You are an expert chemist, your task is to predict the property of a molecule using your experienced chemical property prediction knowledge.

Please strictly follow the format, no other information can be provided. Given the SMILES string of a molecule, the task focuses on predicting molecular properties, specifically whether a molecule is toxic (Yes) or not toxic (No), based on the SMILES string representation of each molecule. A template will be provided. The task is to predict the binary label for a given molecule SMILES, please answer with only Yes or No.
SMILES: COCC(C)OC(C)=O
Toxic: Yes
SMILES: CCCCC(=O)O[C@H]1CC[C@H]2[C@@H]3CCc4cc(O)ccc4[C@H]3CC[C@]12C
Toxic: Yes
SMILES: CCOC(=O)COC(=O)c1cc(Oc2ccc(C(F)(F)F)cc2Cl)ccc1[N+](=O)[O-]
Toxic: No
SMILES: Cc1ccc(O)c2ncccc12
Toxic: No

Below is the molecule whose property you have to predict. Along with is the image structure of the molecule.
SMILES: O=c1[nH]c(=O)n([C@H]2C[C@H](O)[C@@H](CO)O2)cc1F
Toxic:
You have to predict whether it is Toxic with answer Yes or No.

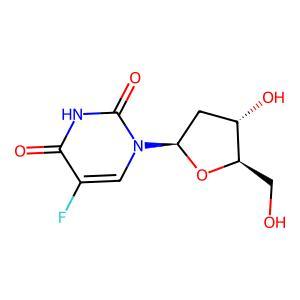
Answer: No